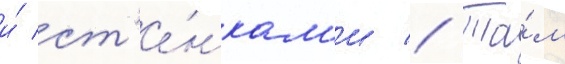
и́ ст'е́нкам'и // Та́м